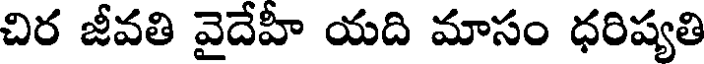
చిర జీవతి వైదేహీ యది మాసం ధరిష్యతి